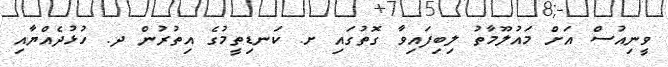
ވީނިއުސް އަށް މައުލޫމާތު ލިބިފައިވާ ގޮތުގައި ށ. ކަނޑިތީމުގެ އިތުރުން ދ. ހުޅުދެއްޔާއި